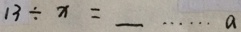
1 3 \div x = \_ \cdots a